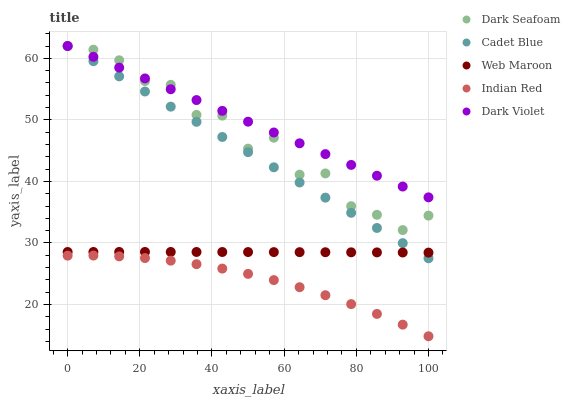
| xaxis_label | Dark Seafoam | Cadet Blue | Web Maroon | Indian Red | Dark Violet |
 | --- | --- | --- | --- | --- | --- |
 | 0 | 62 | 62 | 28.5 | 27.9 | 62 |
 | 7.14 | 61.4 | 59.5 | 28.5 | 28 | 60.2 |
 | 14.3 | 59.7 | 57.1 | 28.5 | 27.8 | 58.5 |
 | 21.4 | 56.3 | 54.6 | 28.5 | 27.5 | 56.7 |
 | 28.6 | 55.7 | 52.1 | 28.5 | 27.1 | 55 |
 | 35.7 | 50.8 | 49.7 | 28.5 | 26.6 | 53.2 |
 | 42.9 | 50.7 | 47.2 | 28.5 | 25.8 | 51.5 |
 | 50 | 45.3 | 44.8 | 28.5 | 25 | 49.7 |
 | 57.1 | 47.1 | 42.3 | 28.5 | 24 | 48 |
 | 64.3 | 41.1 | 39.8 | 28.5 | 22.8 | 46.2 |
 | 71.4 | 41.3 | 37.4 | 28.5 | 21.5 | 44.4 |
 | 78.6 | 36 | 34.9 | 28.5 | 20.1 | 42.7 |
 | 85.7 | 34.6 | 32.4 | 28.5 | 18.5 | 40.9 |
 | 92.9 | 32.1 | 30 | 28.5 | 16.7 | 39.2 |
 | 100 | 34.4 | 27.5 | 28.4 | 14.8 | 37.4 |